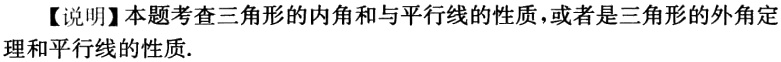
【说明】本题考查三角形的内角和与平行线的性质，或者是三角形的外角定理和平行线的性质.